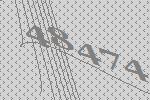
48474